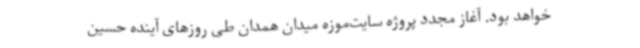
خواهد بود. آغاز مجدد پروژه سایت‌موزه میدان همدان طی روزهای آینده حسین